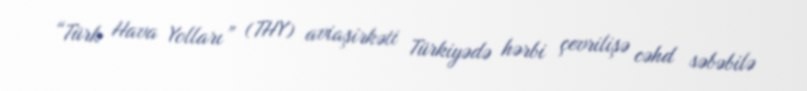
“Türk Hava Yolları” (THY) aviaşirkəti Türkiyədə hərbi çevrilişə cəhd səbəbilə